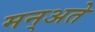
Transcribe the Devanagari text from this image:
मन्अते